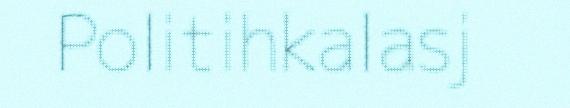
Politihkalasj